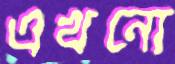
এখনো